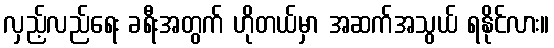
လှည့်လည်ရေး ခရီးအတွက် ဟိုတယ်မှာ အဆက်အသွယ် ရနိုင်လား။